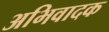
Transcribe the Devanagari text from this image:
अभिवादक